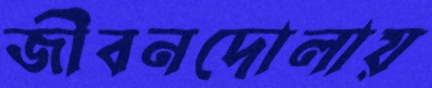
জীবনদোলায়